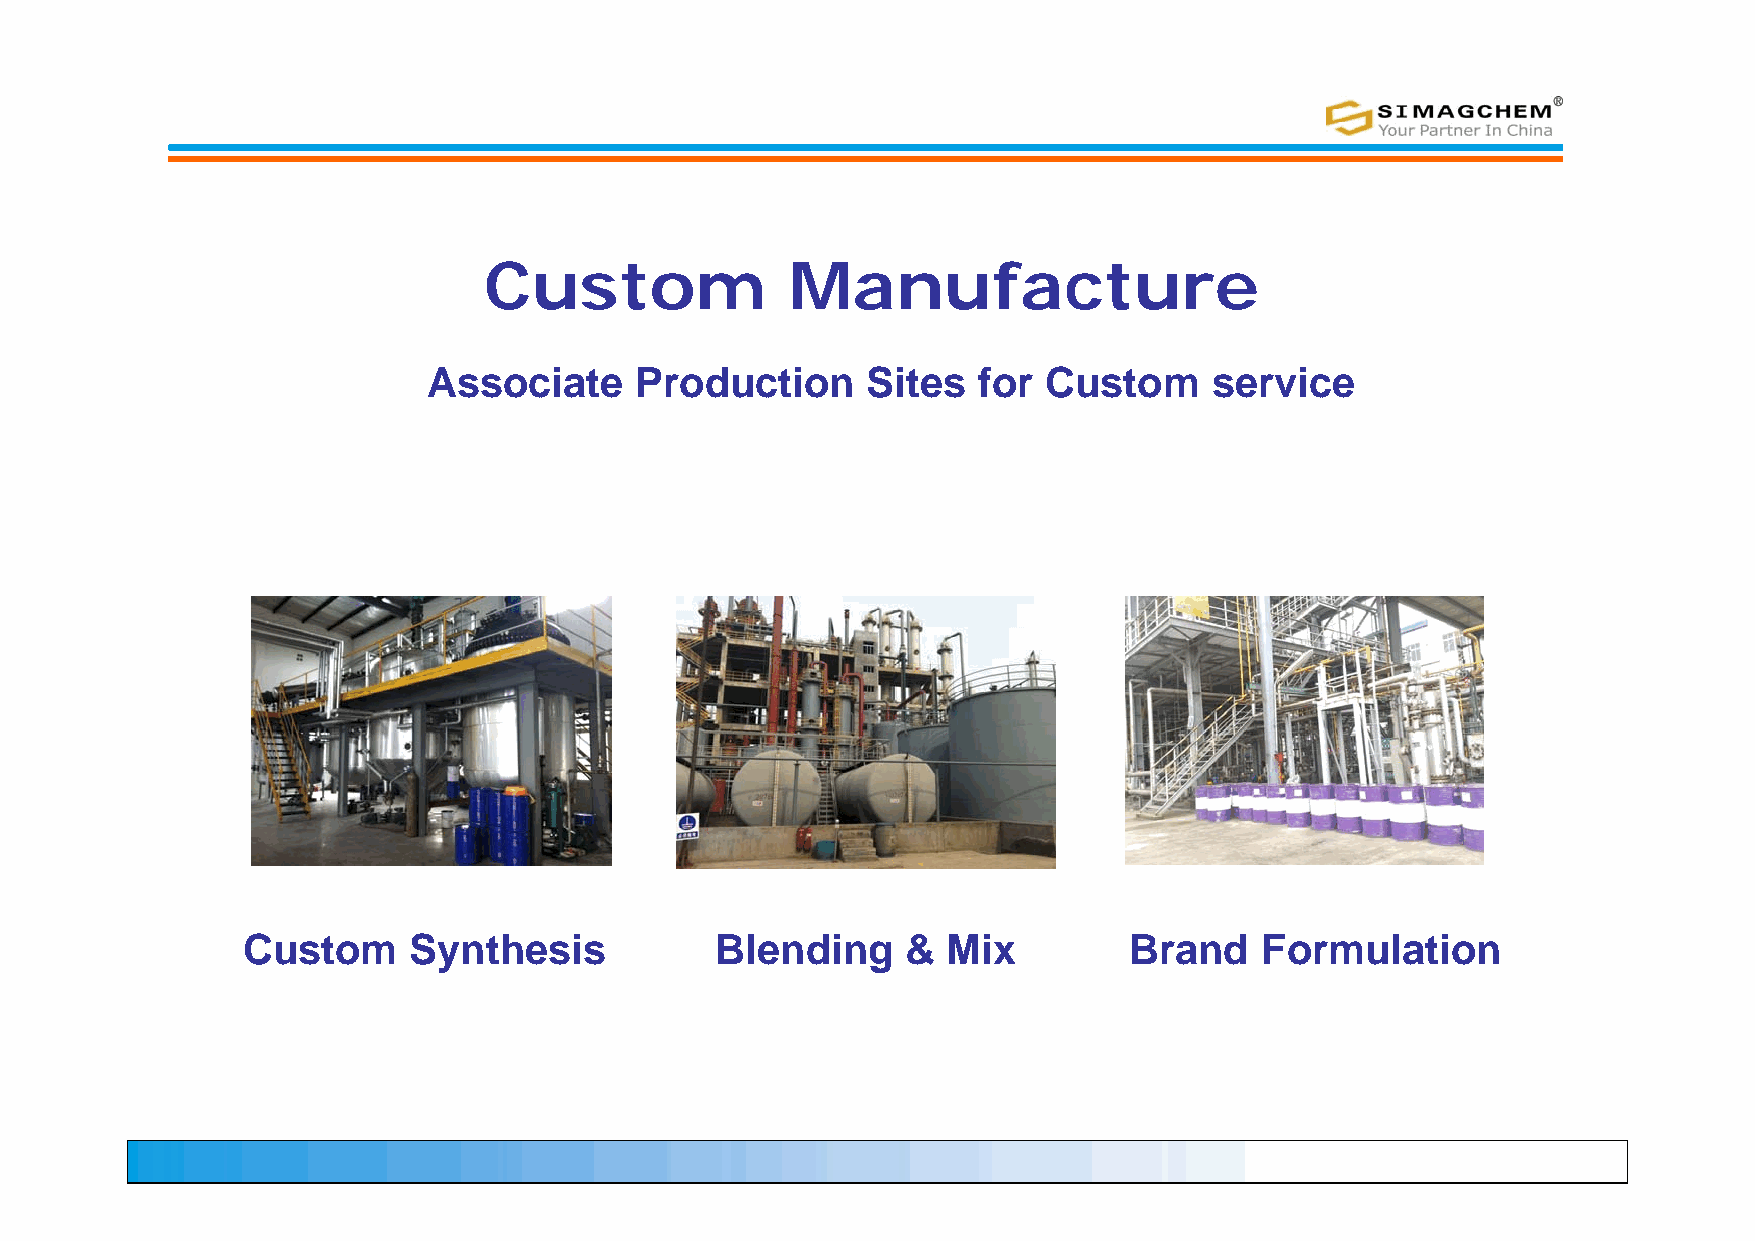
Custom              Manufacture
 Associate     Production     Sites   for Custom     service
 Custom     Synthesis           Blending     &  Mix         Brand   Formulation